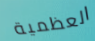
العظمية